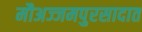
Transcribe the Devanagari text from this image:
मौअज्जमपुरसादात